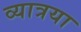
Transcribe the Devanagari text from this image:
व्यात्रया